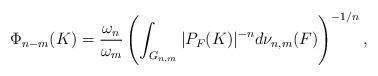
LaTeX: \begin{align*}\Phi_{n-m}(K)=\frac{\omega_n}{\omega_m}\left(\int_{G_{n,m}}|P_F(K)|^{-n}d\nu_{n,m}(F)\right )^{-1/n},\end{align*}